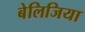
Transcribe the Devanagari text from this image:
बेलिजिया